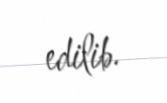
edilib.